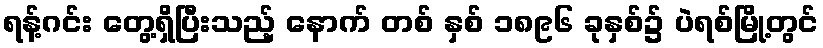
ရန့်ဂင်း တွေ့ရှိပြီးသည့် နောက် တစ် နှစ် ၁၈၉၆ ခုနှစ်၌ ပဲရစ်မြို့တွင်